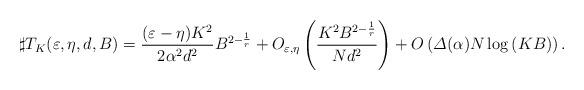
LaTeX: \begin{align*}\sharp T_K(\varepsilon,\eta, d,B)=\frac{(\varepsilon-\eta)K^2}{2\alpha^2 d^2}B^{2-\frac{1}{r}}+O_{\varepsilon,\eta}\left(\frac{K^2 B^{2-\frac{1}{r}}}{N d^2}\right)+O\left(\varDelta(\alpha)N\log\left(KB\right)\right).\end{align*}